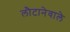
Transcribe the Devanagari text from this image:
लौटानेवाले